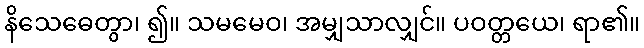
နိသေဓေတွာ၊ ၍။ သမမေဝ၊ အမျှသာလျှင်။ ပဝတ္တယေ၊ ရာ၏။